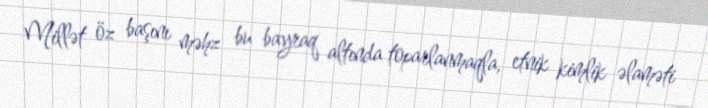
Millət öz başını məhz bu bayraq altında toparlanmaqla, etnik kimlik əlaməti